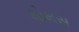
થોમસ